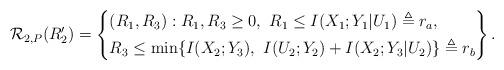
LaTeX: \begin{align*} \mathcal{R}_{2,P}(R_2')= \left\{\begin{aligned} &(R_1,R_3): R_1,R_3\geq 0,\ R_1 \leq I(X_1;Y_1|U_1) \triangleq r_a , \\ &R_3\leq \min\{I(X_2;Y_3),\ I(U_2;Y_2)+I(X_2;Y_3|U_2)\} \triangleq r_b \end{aligned}\right\}.\end{align*}